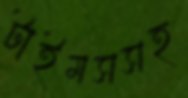
টাইমসসহ